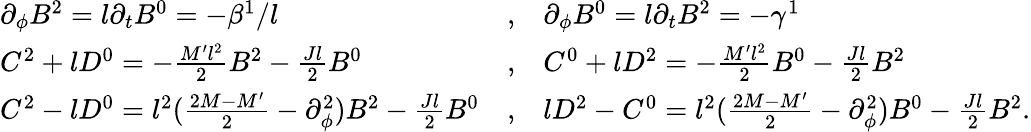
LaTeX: \begin{array}{lll}{{\partial_{\phi}B^{2}=l\partial_{t}B^{0}=-\beta^{1}/l}}&{{,}}&{{\partial_{\phi}B^{0}=l\partial_{t}B^{2}=-\gamma^{1}}}\\ {{C^{2}+lD^{0}=-\frac{M^{\prime}l^{2}}{2}B^{2}-\frac{Jl}{2}B^{0}}}&{{,}}&{{C^{0}+lD^{2}=-\frac{M^{\prime}l^{2}}{2}B^{0}-\frac{Jl}{2}B^{2}}}\\ {{C^{2}-lD^{0}=l^{2}(\frac{2M-M^{\prime}}{2}-\partial_{\phi}^{2})B^{2}-\frac{Jl}{2}B^{0}}}&{{,}}&{{lD^{2}-C^{0}=l^{2}(\frac{2M-M^{\prime}}{2}-\partial_{\phi}^{2})B^{0}-\frac{Jl}{2}B^{2}.}}\end{array}